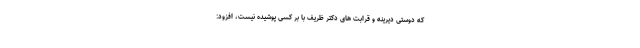
که دوستی دیرینه و قرابت های دکتر ظریف با بر کسی پوشیده نیست، افزود: